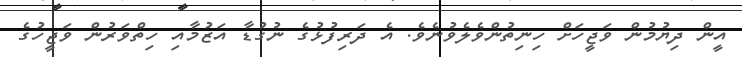
އީން ދިޔުމުން ވަޖީހަށް ހިނިތުންވެލެވުނެވެ. އެ ދަރިފުޅުގެ ނުގުޑާ އަޒުމާއި ހިތްވަރުން ވަޖީހުގެ